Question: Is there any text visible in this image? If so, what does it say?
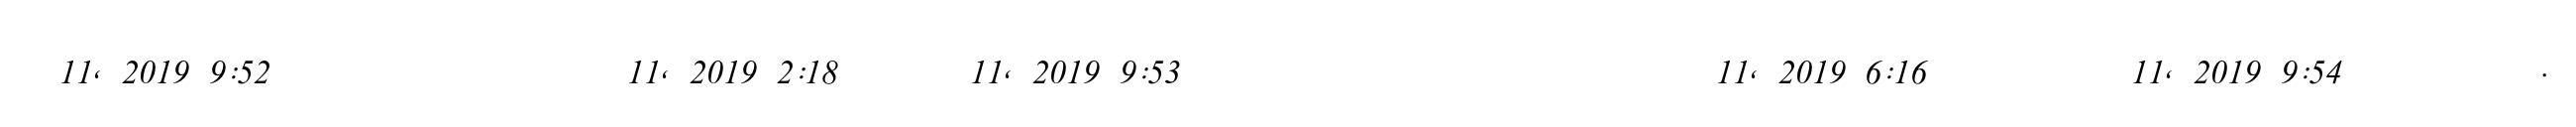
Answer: ? 11, 2019 9:52 ????????? ??? ????????? 11, 2019 2:18 ??????? 11, 2019 9:53 ??? ????????? ??? ??? ??? ????????? 11, 2019 6:16 ?? ?? ?? ?? 11, 2019 9:54 ??? ?????????.